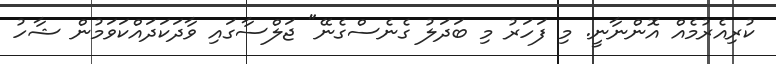
ކުރިއެރުމެއް އޮންނާނީ. މި ފަހަރު މި ބަދަލު ގެނެސްގެނޭ" ޖަލްސާގައި ވާދަކަދައްކަވަމުން ޝާހު